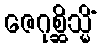
ဇေဂုစ္ဆိသ္မိံ